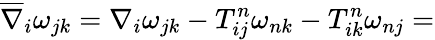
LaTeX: \overline{{{\nabla}}}_{i}\omega_{jk}=\nabla_{i}\omega_{jk}-T_{ij}^{n}\omega_{nk}-T_{ik}^{n}\omega_{nj}=